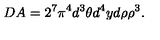
D A = 2 ^ { 7 } \pi ^ { 4 } d ^ { 3 } \theta d ^ { 4 } y d \rho \rho ^ { 3 } .